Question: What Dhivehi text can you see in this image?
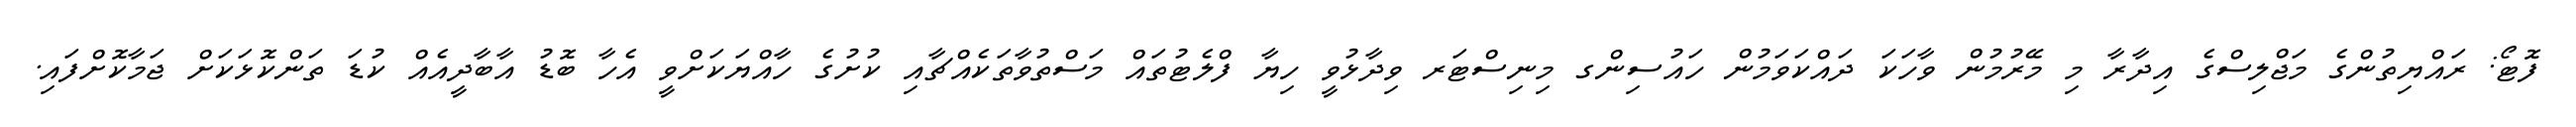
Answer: ފޮޓޯ: ރައްޔިތުންގެ މަޖްލިސްގެ އިދާރާ މި މޭރުމުން ވާހަކަ ދައްކަވަމުން ހައުސިންގ މިނިސްޓަރ ވިދާޅުވީ ހިޔާ ފްލެޓުތައް މަސްތުވާތަކެއްޗާއި ކުށުގެ ހާއްޔަކަށްވީ އެހާ ބޮޑު އާބާދީއެއް ކުޑަ ތަންކޮޅަކަށް ޖަމާކޮށްފައި.